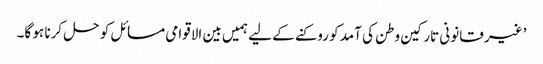
’غیر قانونی تارکین وطن کی آمد کو روکنے کے لیے ہمیں بین الاقوامی مسائل کو حل کرنا ہو گا۔